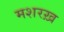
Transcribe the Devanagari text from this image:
मशरख़